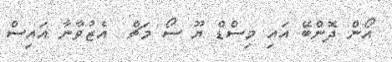
އޯން ދޮންބޭ އައި މިސްޑް ޔޫ ސޯ މަޗް  އެޒުވާނާ އައިސް